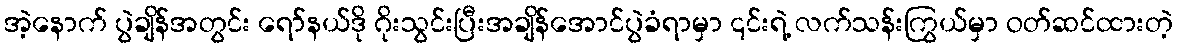
အဲ့နောက် ပွဲချိန်အတွင်း ရော်နယ်ဒို ဂိုးသွင်းပြီးအချိန်အောင်ပွဲခံရာမှာ ၎င်းရဲ့ လက်သန်းကြွယ်မှာ ဝတ်ဆင်ထားတဲ့